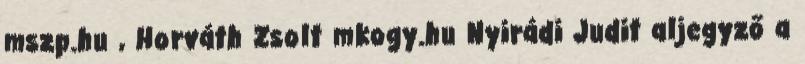
mszp.hu , Horváth Zsolt mkogy.hu Nyirádi Judit aljegyző a